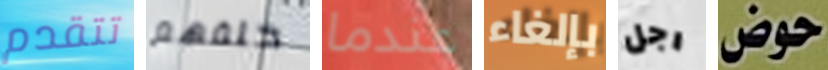
تتقدم خلفهم عندما بإلغاء رجل حوض